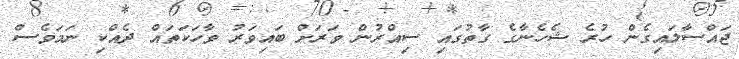
ޖައްސާލައިގެން ހުރެ ޝެހެނާގެ ގާތުގައި ސިއްރުން ވަރަށް ބައިވަރު ވާހަކަތައް ދެއްކި ނަމަވެސް